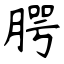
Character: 腭